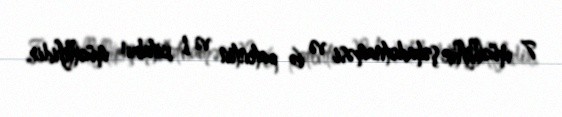
7 müəlliflik şəhadətnaməsi və 6 patentin və 1 kitabın müəllifidir.